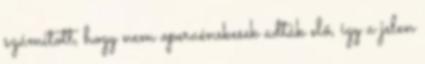
számított, hogy nem operaénekesek adták elő, így a jelen